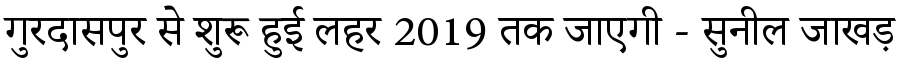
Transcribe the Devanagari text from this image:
गुरदासपुर से शुरू हुई लहर 2019 तक जाएगी - सुनील जाखड़